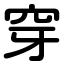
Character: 穿